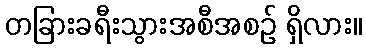
တခြားခရီးသွားအစီအစဉ် ရှိလား။